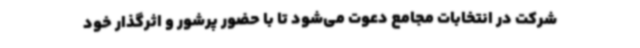
شرکت در انتخابات مجامع دعوت می‌شود تا با حضور پرشور و اثرگذار خود